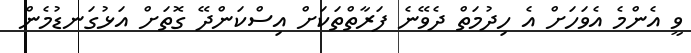
ވީ އެންމެ އެވަހަށް އެ ހިދުމަތް ދެވޭނެ ފަރާތްތަކަށް އިސްކަންދޭ ގޮތަށް އަޅުގަނޑުމެން